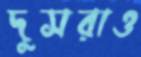
দুসরাও